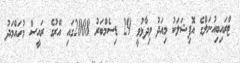
ޓްރައިބިއުނަލްގެ އޮފިޝަލަކު މިއަދު ވިދާޅުވީ 29 ޑިސެމްބަރު 2008ގައި އޭރުގެ ރައީސް މުހައްމަދު